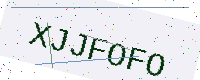
Text: XJJFOFO